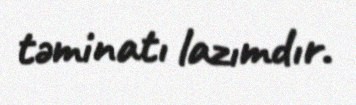
təminatı lazımdır.